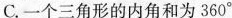
C.一个三角形的内角和为360^{\circ}